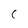
Character: C